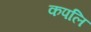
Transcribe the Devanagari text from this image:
कपलि